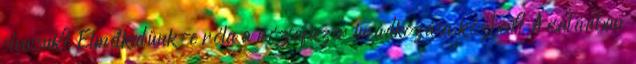
olvassuk? Elmélkedünk-e róla a rózsafüzér imádkozása közben? A családban